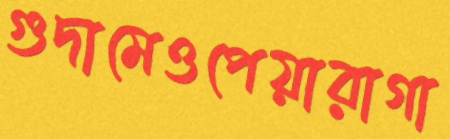
গুদামেওপেয়ারাগা